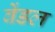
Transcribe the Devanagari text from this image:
वेंडल